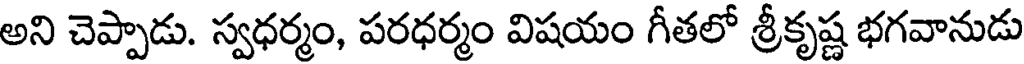
అని చెప్పాడు. స్వధర్మం, పరధర్మం విషయం గీతలో శ్రీకృష్ణ భగవానుడు